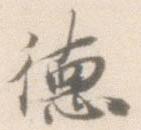
徳